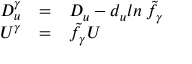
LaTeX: \begin{array} { l l l } { { D _ { u } ^ { \gamma } } } & { { = } } & { { D _ { u } - d _ { u } l n \: { \tilde { f } } _ { \gamma } } } \\ { { U ^ { \gamma } } } & { { = } } & { { { \tilde { f } } _ { \gamma } U } } \end{array}